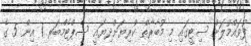
ފުވައްމުލަށް ސިޓީގައި މި މުބާރާތް ކުރިޔަށްދިޔައީ ސެޕްޓެމްބަރ 1 އިން 5 ގެ